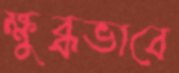
ক্ষুব্ধভাবে